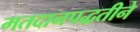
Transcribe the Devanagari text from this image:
मतदानपद्धतीने